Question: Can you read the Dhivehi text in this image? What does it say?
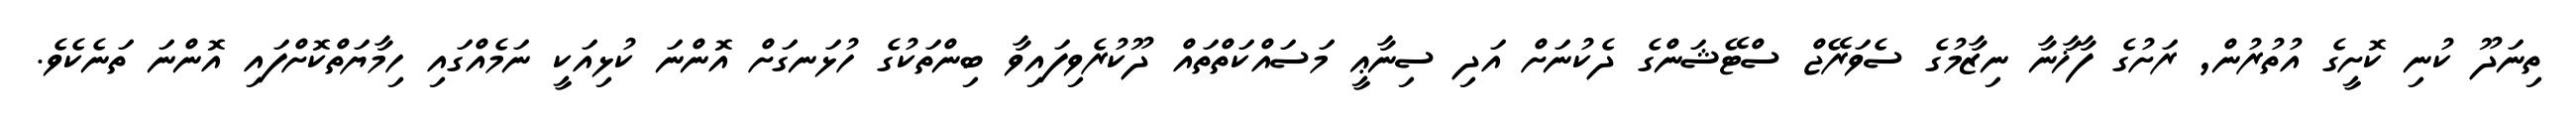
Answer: ތިނަދޫ ކުނި ކޮށީގެ އުތުރުން, ރަށުގެ ފާޚާނާ ނިޒާމުގެ ސެވަރޭޖް ސްޓޭޝަންގެ ދެކުނަށް އަދި ސިނާޢީ މަސައްކަތްތައް ދޫކުރެވިފައިވާ ބިންތަކުގެ ހުޅަނގަށް އޮންނަ ކުޅިއަކީ ނަމެއްގައި ހިމާޔަތްކޮށްފައި އޮންނަ ތަނެކެވެ.